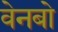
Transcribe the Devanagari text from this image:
वेनबो